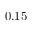
0 . 1 5